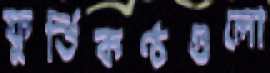
ফুর্তিকণ্ঠগুলো